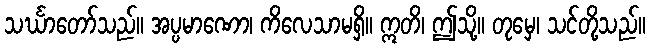
သင်္ဃာတော်သည်။ အပ္ပမာဏော၊ ကိလေသာမရှိ။ ဣတိ၊ ဤသို့။ တုမှေ၊ သင်တို့သည်။